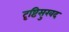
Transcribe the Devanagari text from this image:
दृष्टिसुखद